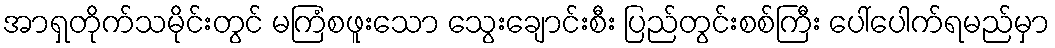
အာရှတိုက်သမိုင်းတွင် မကြံစဖူးသော သွေးချောင်းစီး ပြည်တွင်းစစ်ကြီး ပေါ်ပေါက်ရမည်မှာ